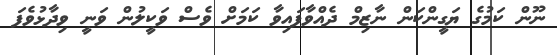
ނޫން ކަމުގެ ޔަގީންކަން ނާޒިމް ދެއްވާފައިވާ ކަމަށް ވެސް ވަކީލުން ވަނީ ވިދާޅުވެފަ